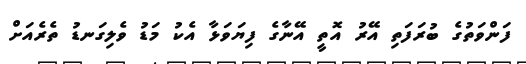
ފަންވަތުގެ ބުރަފަތި އޭރު އޮތީ އޭނާގެ ފިޔަވަޅާ އެކު މަޑު ވެލިގަނޑު ތެރެއަށް